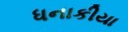
ધનાકીયા